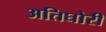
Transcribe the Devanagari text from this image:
अतिघोरी